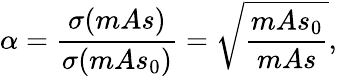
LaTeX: \alpha=\frac{\sigma(mAs)}{\sigma(mAs_{0})}=\sqrt{\frac{mAs_{0}}{mAs}},